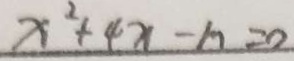
x ^ { 2 } + 4 x - h = 0